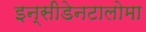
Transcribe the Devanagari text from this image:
इन्सीडेनटालोमा